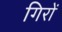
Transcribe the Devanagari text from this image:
गिरों